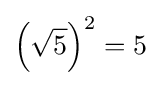
\left({\sqrt {5}}\right)^{2}=5